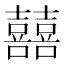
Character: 囍